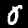
Label: 0